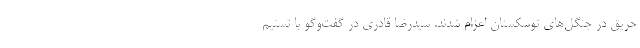
حریق در جنگل‌های توسکستان اعزام شدند. سیدرضا قادری در گفت‌وگو با تسنیم